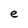
Character: e